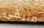
متبقي